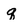
Character: q